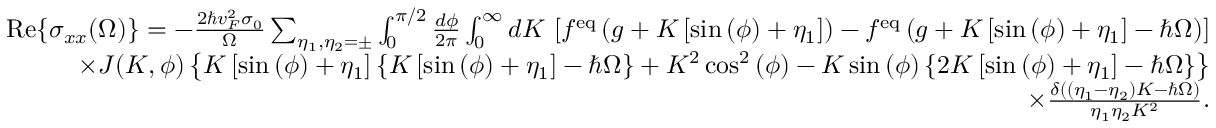
\begin{array} { r l r } & { } & { \mathrm { R e } { \left\{ \sigma _ { x x } ( \Omega ) \right\} } = - \frac { 2 \hbar v _ { F } ^ { 2 } \sigma _ { 0 } } { \Omega } \sum _ { \eta _ { 1 } , \eta _ { 2 } = \pm } \int _ { 0 } ^ { \pi / 2 } \frac { d \phi } { 2 \pi } \int _ { 0 } ^ { \infty } d K \, \left[ f ^ { \mathrm { e q } } \left( g + K \left[ \sin { ( \phi ) } + \eta _ { 1 } \right] \right) - f ^ { \mathrm { e q } } \left( g + K \left[ \sin { ( \phi ) } + \eta _ { 1 } \right] - \hbar \Omega \right) \right] } \\ & { } & { \times J ( K , \phi ) \left\{ K \left[ \sin { ( \phi ) } + \eta _ { 1 } \right] \left\{ K \left[ \sin { ( \phi ) } + \eta _ { 1 } \right] - \hbar \Omega \right\} + K ^ { 2 } \cos ^ { 2 } { ( \phi ) } - K \sin { ( \phi ) } \left\{ 2 K \left[ \sin { ( \phi ) } + \eta _ { 1 } \right] - \hbar \Omega \right\} \right\} } \\ & { } & { \times \frac { \delta \left( ( \eta _ { 1 } - \eta _ { 2 } ) K - \hbar \Omega \right) } { \eta _ { 1 } \eta _ { 2 } K ^ { 2 } } . } \end{array}